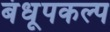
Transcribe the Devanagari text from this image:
बंधूपकल्प